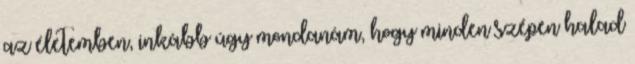
az életemben, inkább úgy mondanám, hogy minden szépen halad